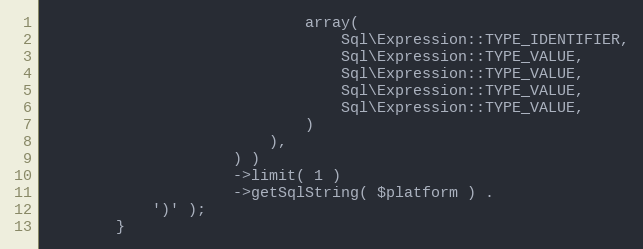
Language: PHP
                             array(
                                 Sql\Expression::TYPE_IDENTIFIER,
                                 Sql\Expression::TYPE_VALUE,
                                 Sql\Expression::TYPE_VALUE,
                                 Sql\Expression::TYPE_VALUE,
                                 Sql\Expression::TYPE_VALUE,
                             )
                         ),
                     ) )
                     ->limit( 1 )
                     ->getSqlString( $platform ) .
            ')' );
        }